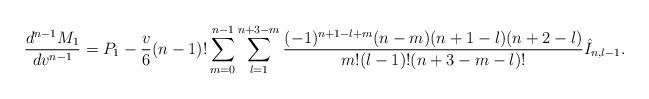
LaTeX: \begin{align*} \frac{d^{n-1}M_1}{dv^{n-1}}=P_1-\frac{v}{6}(n-1)!\sum_{m=0}^{n-1}\sum_{l=1}^{n+3-m}\frac{(-1)^{n+1-l+m}(n-m)(n+1-l)(n+2-l)}{m!(l-1)!(n+3-m-l)!}\hat{I}_{n,l-1}.\end{align*}